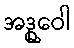
အဒ္ဓုဝေါ